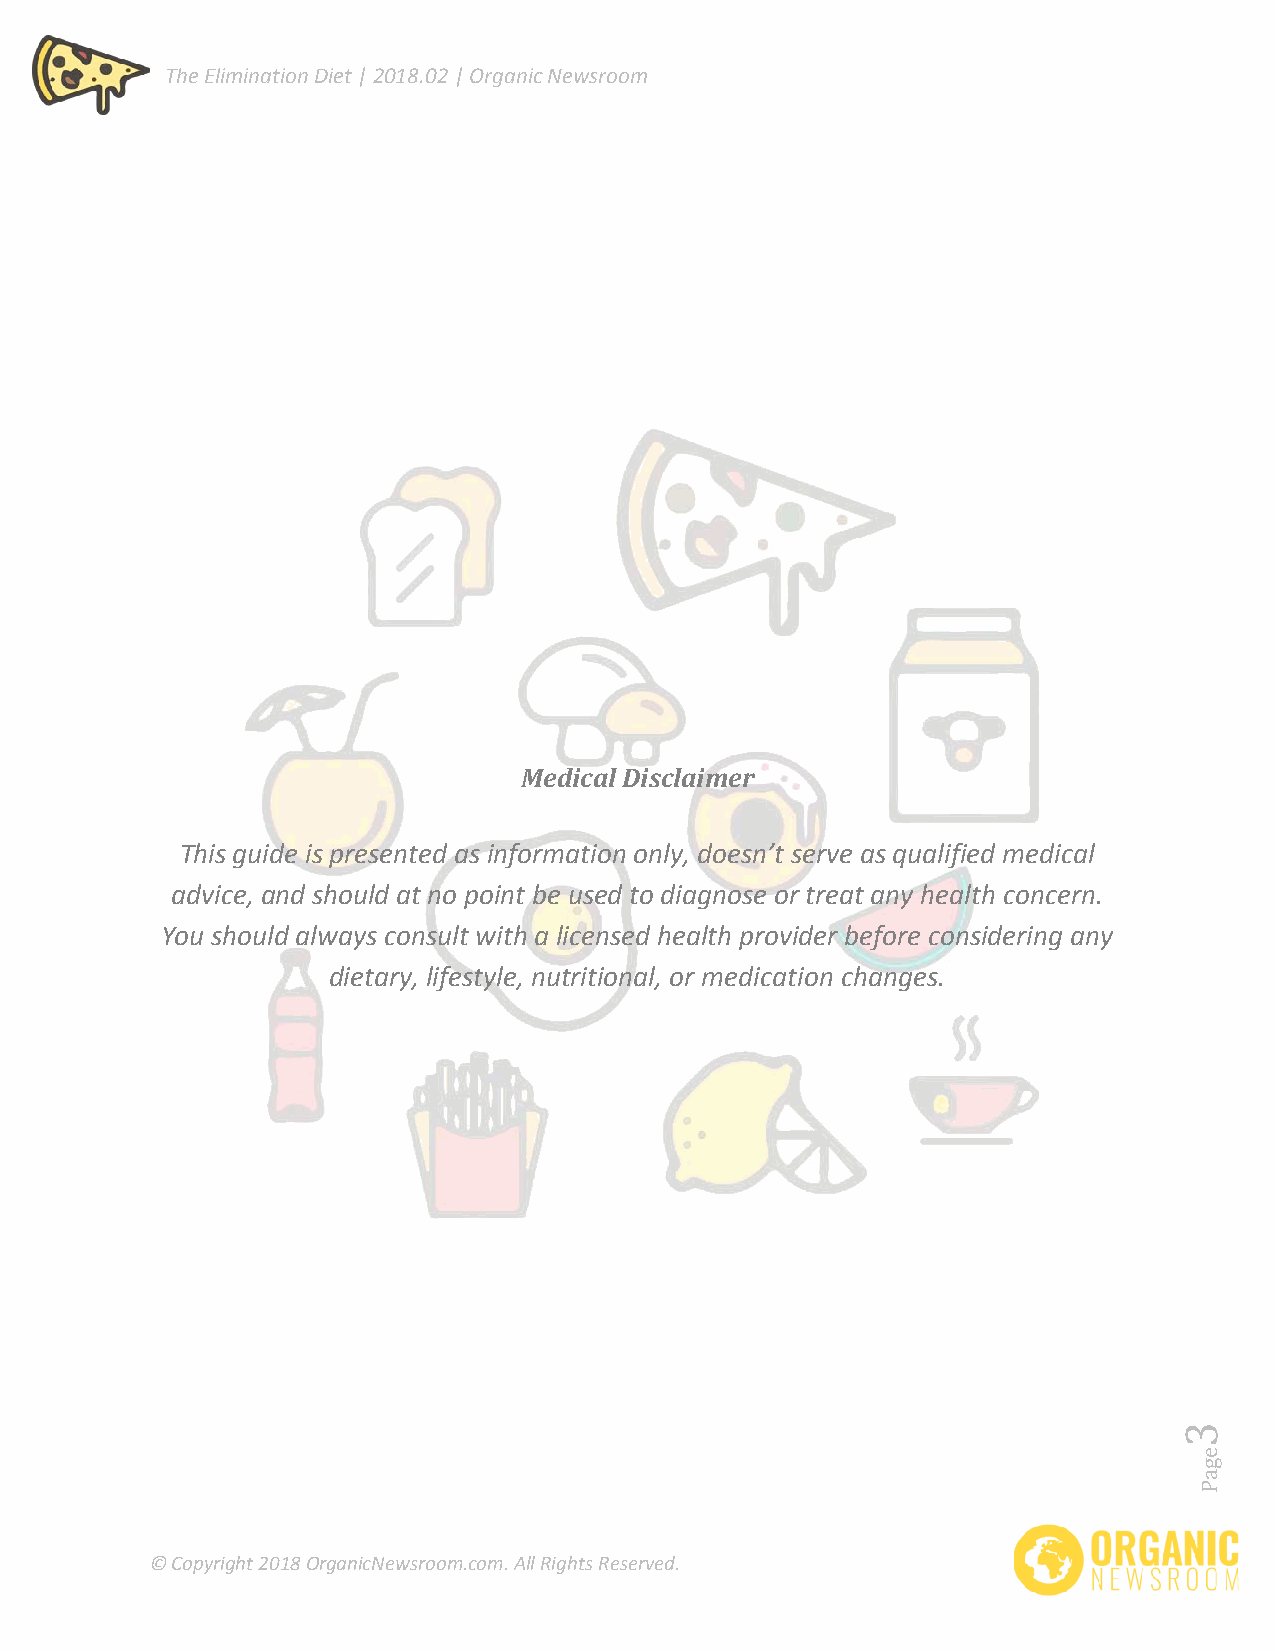
The Elimination Diet | 2018.02 | Organic Newsroom
 Medical Disclaimer
 This guide is presented as information only, doesn’t serve as qualified medical
 advice, and should at no point be used to diagnose or treat any health concern.
 You should always consult with a licensed health provider before considering any
 dietary, lifestyle, nutritional, or medication changes.
 © Copyright 2018 OrganicNewsroom.com. All Rights Reserved.
 egaP
 3